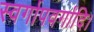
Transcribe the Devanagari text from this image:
स्वर्गापवर्गादि।